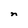
Character: n